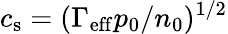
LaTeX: c_{\mathrm{s}}=(\Gamma_{\mathrm{eff}}p_{0}/n_{0})^{1/2}